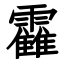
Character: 靃